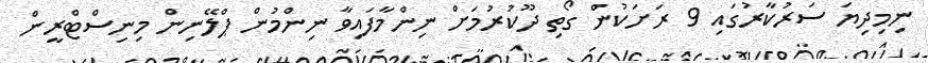
ނިމިދިޔަ ސަރުކާރުގައި 9 ރަށަކުން ގޯތި ދޫކުރުމަށް ނިންމާފައިވާ ނިންމުން ޕްލޭނިން މިނިސްޓްރީން